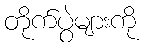
တိုက်ပွဲများကို